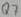
Text: Q7